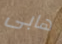
هابى